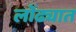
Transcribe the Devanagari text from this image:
लोंढ्यात